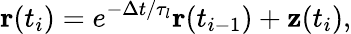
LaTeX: \mathbf{r}(t_{i})=e^{-\Delta t/\tau_{l}}\mathbf{r}(t_{i-1})+\mathbf{z}(t_{i}),